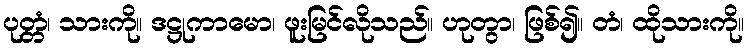
ပုတ္တံ၊ သားကို။ ဒဋ္ဌုကာမော၊ ဖူးမြင်လိုသည်။ ဟုတွာ၊ ဖြစ်၍။ တံ၊ ထိုသားကို။